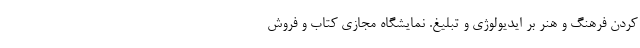
کردن فرهنگ و هنر بر ایدیولوژی و تبلیغ. نمایشگاه مجازی کتاب و فروش